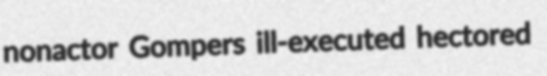
nonactor Gompers ill-executed hectored